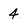
Character: 4